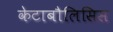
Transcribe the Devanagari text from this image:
केटाबौलिसिस